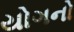
યોગનો